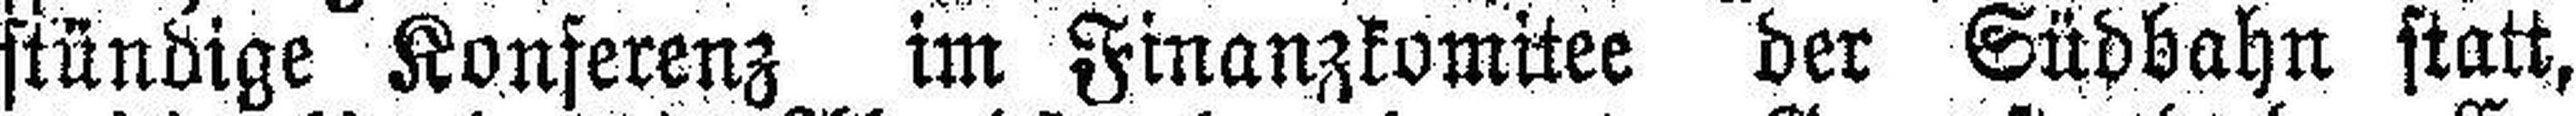
stündige Konferenz im Finanzkomitee der Südbahn statt,